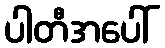
ပါတီအပေါ်